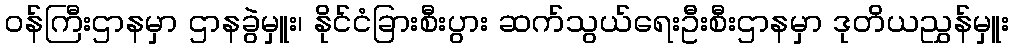
ဝန်ကြီးဌာနမှာ ဌာနခွဲမှူး၊ နိုင်ငံခြားစီးပွား ဆက်သွယ်ရေးဦးစီးဌာနမှာ ဒုတိယညွှန်မှူး